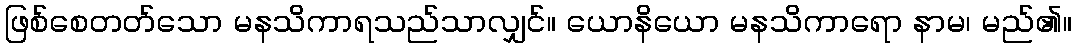
ဖြစ်စေတတ်သော မနသိကာရသည်သာလျှင်။ ယောနိယော မနသိကာရော နာမ၊ မည်၏။